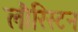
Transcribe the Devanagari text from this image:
लौरिस्टन